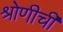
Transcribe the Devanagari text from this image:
श्रोणीची